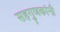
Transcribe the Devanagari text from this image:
सहगुणकांनी